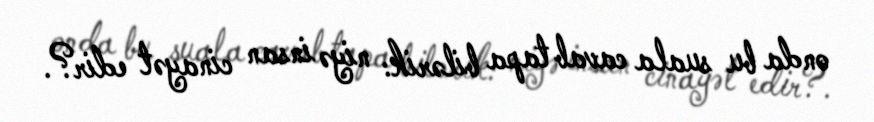
onda bu suala cavab tapa bilərik: niyə insan cinayət edir?.